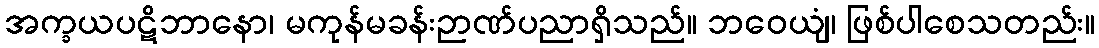
အက္ခယပဋိဘာနော၊ မကုန်မခန်းဉာဏ်ပညာရှိသည်။ ဘဝေယျံ၊ ဖြစ်ပါစေသတည်း။